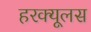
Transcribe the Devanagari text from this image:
हरक्‍यूलस